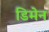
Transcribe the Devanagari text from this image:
डिमेन